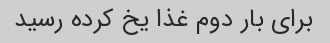
برای بار دوم غذا یخ کرده رسید